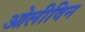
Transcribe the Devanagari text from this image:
ओलीविन